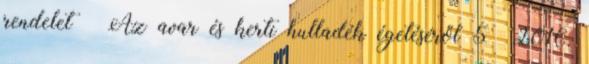
rendelet – Az avar és kerti hulladék égetéséről 5 2016.